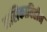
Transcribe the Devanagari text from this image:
नलिकाविहीन